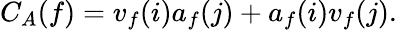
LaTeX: C_{A}(f)=v_{f}(i)a_{f}(j)+a_{f}(i)v_{f}(j).